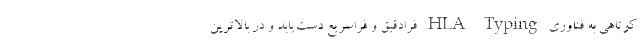
کوتاهی به فناوری HLA Typing فرادقیق و فراسریع دست‌یابد و در بالاترین